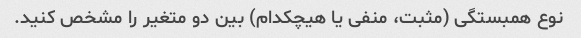
نوع همبستگی (مثبت، منفی یا هیچکدام) بین دو متغیر را مشخص کنید.